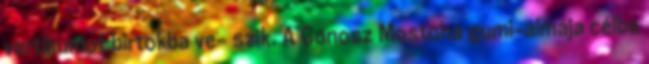
vertikumot birtokba ve- szik. A Gonosz Mostoha gumi-almája célba